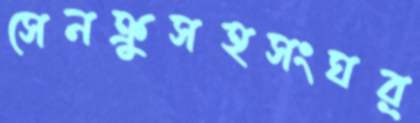
সেনক্রুসহসংঘর্